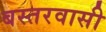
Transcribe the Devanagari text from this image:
बस्तरवासी